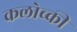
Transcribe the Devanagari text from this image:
कलोब्की